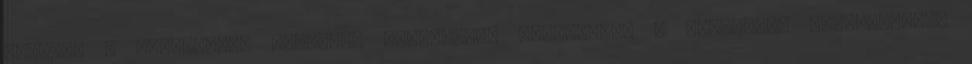
emberek a kormányzás globális válságáról beszélnek. A gazdasági eredményeket